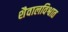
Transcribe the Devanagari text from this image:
शैवालविश्वात